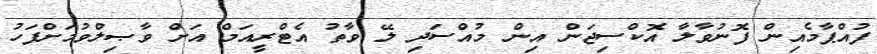
ފުއްޕާމެއިން ފޮނުވާލާ އޮކްސިޖަން އިން މުއްސަދި ލޭ ވާތު އެޓްރީއަމް އަށް ވާޞިލްވުމަށްފަހު